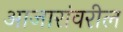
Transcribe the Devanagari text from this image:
आजारांवरील